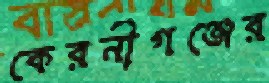
কেরনীগঞ্জের